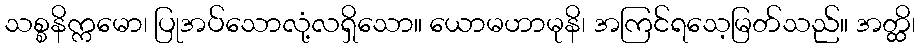
သစ္စနိက္ကမော၊ ပြုအပ်သောလုံ့လရှိသော။ ယောမဟာမုနိ၊ အကြင်ရသေ့မြတ်သည်။ အတ္ထိ၊